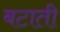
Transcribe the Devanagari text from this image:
बटाती